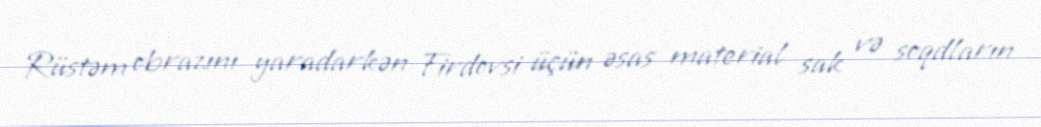
Rüstəm obrazını yaradarkən Firdovsi üçün əsas material sak və soqdların